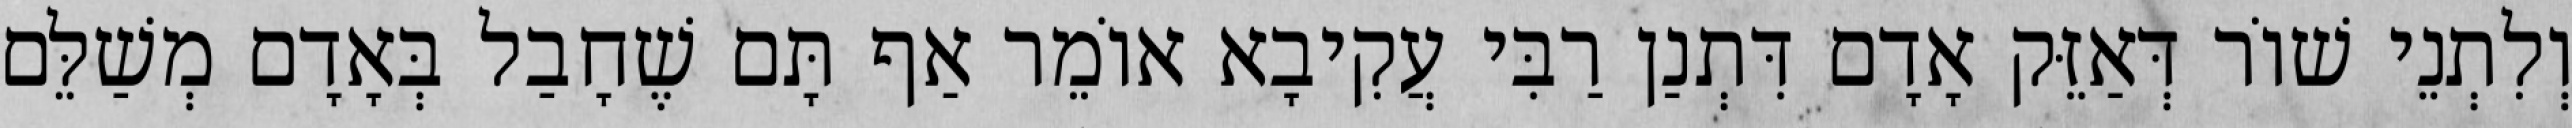
וְלִתְנֵי שׁוֹר דְּאַזֵּק אָדָם דִּתְנַן רַבִּי עֲקִיבָא אוֹמֵר אַף תָּם שֶׁחָבַל בְּאָדָם מְשַׁלֵּם